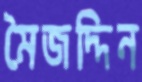
মৈজদ্দিন